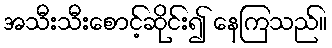
အသီးသီးစောင့်ဆိုင်း၍ နေကြသည်။